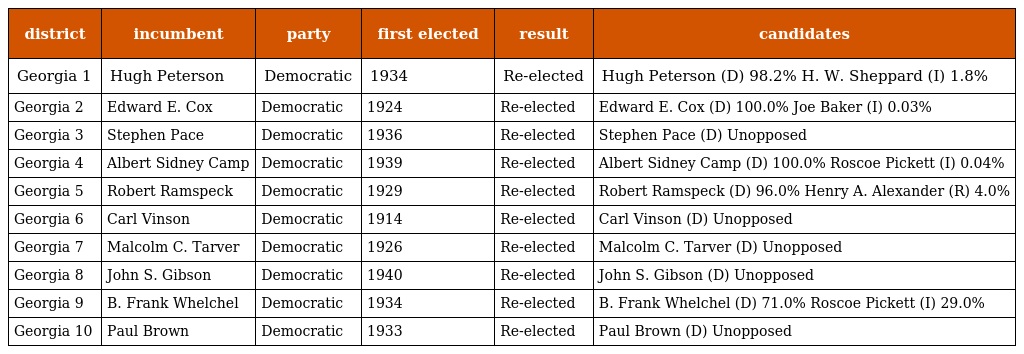
| district | incumbent | party | first elected | result | candidates |
 | --- | --- | --- | --- | --- | --- |
 | Georgia 1 | Hugh Peterson | Democratic | 1934 | Re-elected | Hugh Peterson (D) 98.2% H. W. Sheppard (I) 1.8% |
 | Georgia 2 | Edward E. Cox | Democratic | 1924 | Re-elected | Edward E. Cox (D) 100.0% Joe Baker (I) 0.03% |
 | Georgia 3 | Stephen Pace | Democratic | 1936 | Re-elected | Stephen Pace (D) Unopposed |
 | Georgia 4 | Albert Sidney Camp | Democratic | 1939 | Re-elected | Albert Sidney Camp (D) 100.0% Roscoe Pickett (I) 0.04% |
 | Georgia 5 | Robert Ramspeck | Democratic | 1929 | Re-elected | Robert Ramspeck (D) 96.0% Henry A. Alexander (R) 4.0% |
 | Georgia 6 | Carl Vinson | Democratic | 1914 | Re-elected | Carl Vinson (D) Unopposed |
 | Georgia 7 | Malcolm C. Tarver | Democratic | 1926 | Re-elected | Malcolm C. Tarver (D) Unopposed |
 | Georgia 8 | John S. Gibson | Democratic | 1940 | Re-elected | John S. Gibson (D) Unopposed |
 | Georgia 9 | B. Frank Whelchel | Democratic | 1934 | Re-elected | B. Frank Whelchel (D) 71.0% Roscoe Pickett (I) 29.0% |
 | Georgia 10 | Paul Brown | Democratic | 1933 | Re-elected | Paul Brown (D) Unopposed |